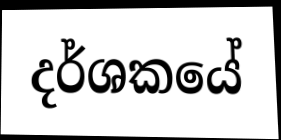
දර්ශකයේ